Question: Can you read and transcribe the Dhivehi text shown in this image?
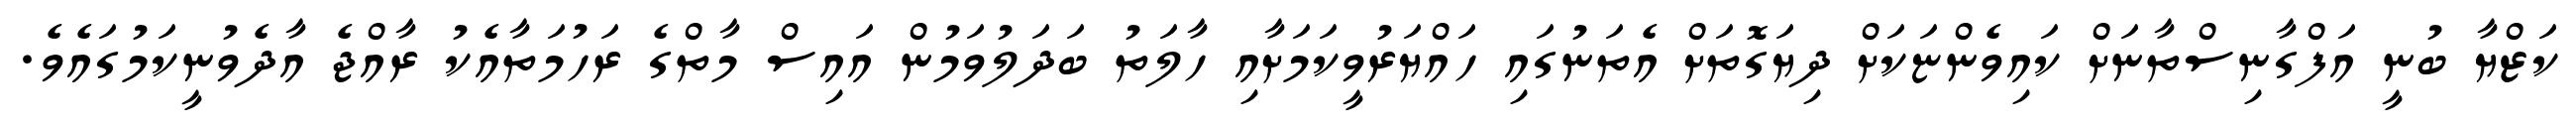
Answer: ކަޒްޔާ ބުނީ އަފްގާނިސްތާނަށް ކައިވެންޏަކަށް ދިޔަގޮތަށް އެތަނުގައި ހައްޔަރުވީކަމަށާއި ހާލަތު ބަދަލުވަމުން އައިސް މާތްގެ ރަހުމަތާއެކު ރާއްޖެ އާދެވުނީކަމުގައެވެ.